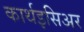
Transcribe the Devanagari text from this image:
कार्थइसिअर